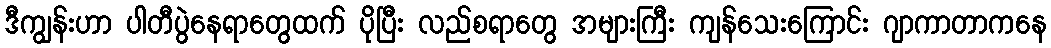
ဒီကျွန်းဟာ ပါတီပွဲနေရာတွေထက် ပိုပြီး လည်စရာတွေ အများကြီး ကျန်သေးကြောင်း ဂျာကာတာကနေ